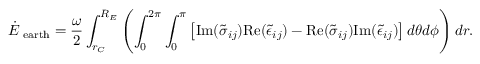
\dot { E } _ { \mathrm { \scriptsize ~ e a r t h } } = \frac { \omega } { 2 } \int _ { r _ { C } } ^ { R _ { E } } \left( \int _ { 0 } ^ { 2 \pi } \int _ { 0 } ^ { \pi } \left[ \mathrm { I m } ( \tilde { \sigma } _ { i j } ) \mathrm { R e } ( \tilde { \epsilon } _ { i j } ) - \mathrm { R e } ( \tilde { \sigma } _ { i j } ) \mathrm { I m } ( \tilde { \epsilon } _ { i j } ) \right] d \theta d \phi \right) d r .